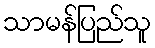
သာမန်ပြည်သူ